Indian journal of veterinary science and animal husbandry - Volume 11,
Year: 1941
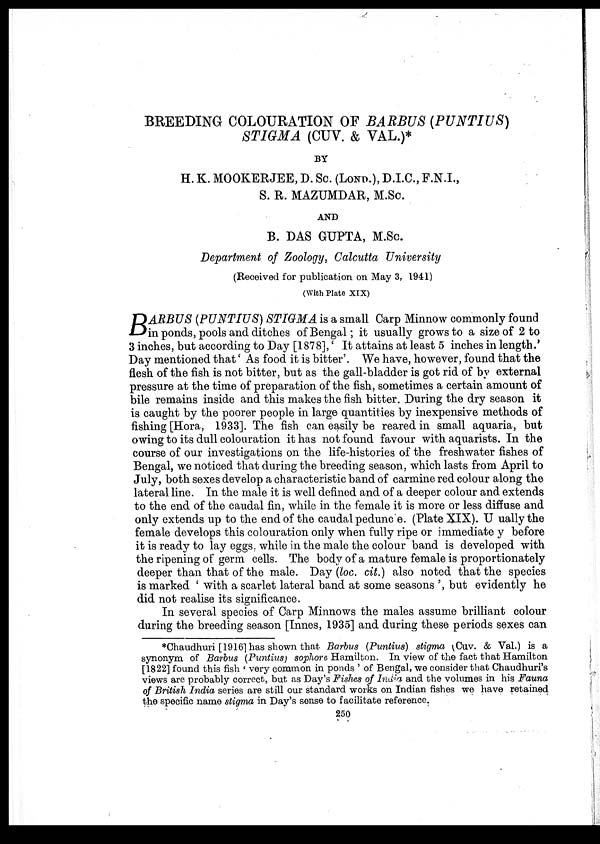
BREEDING COLOURATION OF BARBUS (PUNTIUS)
STIGMA (CUV. & VAL.)*
BY
H. K. MOOKERJEE, D. Sc. (LOND), D.I.C., F.N.I.,
S. R. MAZUMDAR, M.Sc.
AND
B. DAS GUPTA, M.Sc.
Department of Zoology, Calcutta University
(Received for publication on May 3, 1941)
(With Plate XIX)
B ARBUS (PUNTIUS) STIGMA is a small Carp Minnow commonly found
in ponds, pools and ditches of Bengal; it usually grows to a size of 2 to
3 inches, but according to Day [1878],' It attains at least 5 inches in length.'
Day mentioned that' As food it is bitter'. We have, however, found that the
flesh of the fish is not bitter, but as the gall-bladder is got rid of by external
pressure at the time of preparation of the fish, sometimes a certain amount of
bile remains inside and this makes the fish bitter. During the dry season it
is caught by the poorer people in large quantities by inexpensive methods of
fishing [Hora, 1933]. The fish can easily be reared in small aquaria, but
owing to its dull colouration it has not found favour with aquarists. In the
course of our investigations on the life-histories of the freshwater fishes of
Bengal, we noticed that during the breeding season, which lasts from April to
July, both sexes develop a characteristic band of carmine red colour along the
lateral line. In the male it is well defined and of a deeper colour and extends
to the end of the caudal fin, while in the female it is more or less diffuse and
only extends up to the end of the caudal pedunc e. (Plate XIX). U ually the
female develops this colouration only when fully ripe or immediate y before
it is ready to lay eggs, while in the male the colour band is developed with
the ripening of germ cells. The body of a mature female is proportionately
deeper than that of the male. Day (loc. cit.) also noted that the species
is marked ' with a scarlet lateral band at some seasons ', but evidently he
did not realise its significance.
In several species of Carp Minnows the males assume brilliant colour
during the breeding season [Innes, 1935] and during these periods sexes can
*Chaudhuri [1916] has shown that Barbus (Puntius) stigma (Cuv. & Val.) is a
synonym of Barbus (Puntius) sophore Hamilton. In view of the fact that Hamilton
[1822] found this fish ' very common in ponds ' of Bengal, we consider that Chaudhuri's
views are probably correct, but as Day's Fishes of India and the volumes in his Fauna
of British India series are still our standard works on Indian fishes we have retained
the specific name stigma in Day's sense to facilitate reference.
250